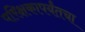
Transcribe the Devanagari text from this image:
परिक्षकापर्यंतचा